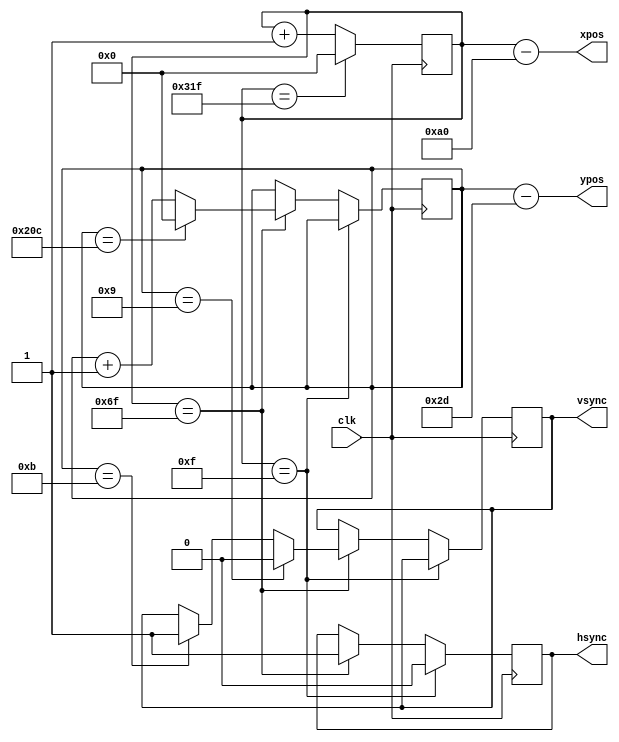
module vga_sync(
    input clk, //25.175 MHz

    output reg hsync,
    output reg vsync,
    output [9:0]xpos,
    output [9:0]ypos
);

parameter H_front_t = 16;
parameter H_sync_t = 96;
parameter H_back_t = 48;
parameter H_active_t = 640;
parameter H_blank_t = H_front_t + H_sync_t + H_back_t;
parameter H_total_t = H_blank_t + H_active_t;

parameter V_front_t = 10;
parameter V_sync_t = 2;
parameter V_back_t = 33;
parameter V_active_t = 480;
parameter V_blank_t = V_front_t + V_sync_t + V_back_t;
parameter V_total_t = V_blank_t + V_active_t;

reg [9:0]h_cnt = 10'h3FF;
reg [9:0]v_cnt = 10'h3FF;

initial hsync = 1;
initial vsync = 1;

assign xpos = h_cnt - H_blank_t;
assign ypos = v_cnt - V_blank_t;

always @(posedge clk) begin
    if (h_cnt == H_total_t - 1)
        h_cnt <= 0;
    else
        h_cnt <= h_cnt + 1;

    if (h_cnt == H_front_t - 1)
        hsync <= 0;
    else if (h_cnt == H_front_t + H_sync_t - 1) begin
        hsync <= 1;

        if (v_cnt == V_total_t - 1)
            v_cnt <= 0;
        else
            v_cnt <= v_cnt + 1;

        if (v_cnt == V_front_t - 1)
            vsync <= 0;
        else if (v_cnt == V_front_t + V_sync_t - 1)
            vsync <= 1;
    end
end

endmodule